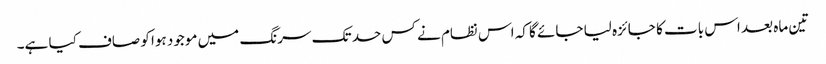
تین ماہ بعد اس بات کا جائزہ لیا جائے گا کہ اس نظام نے کس حد تک سرنگ میں موجود ہوا کو صاف کیا ہے۔